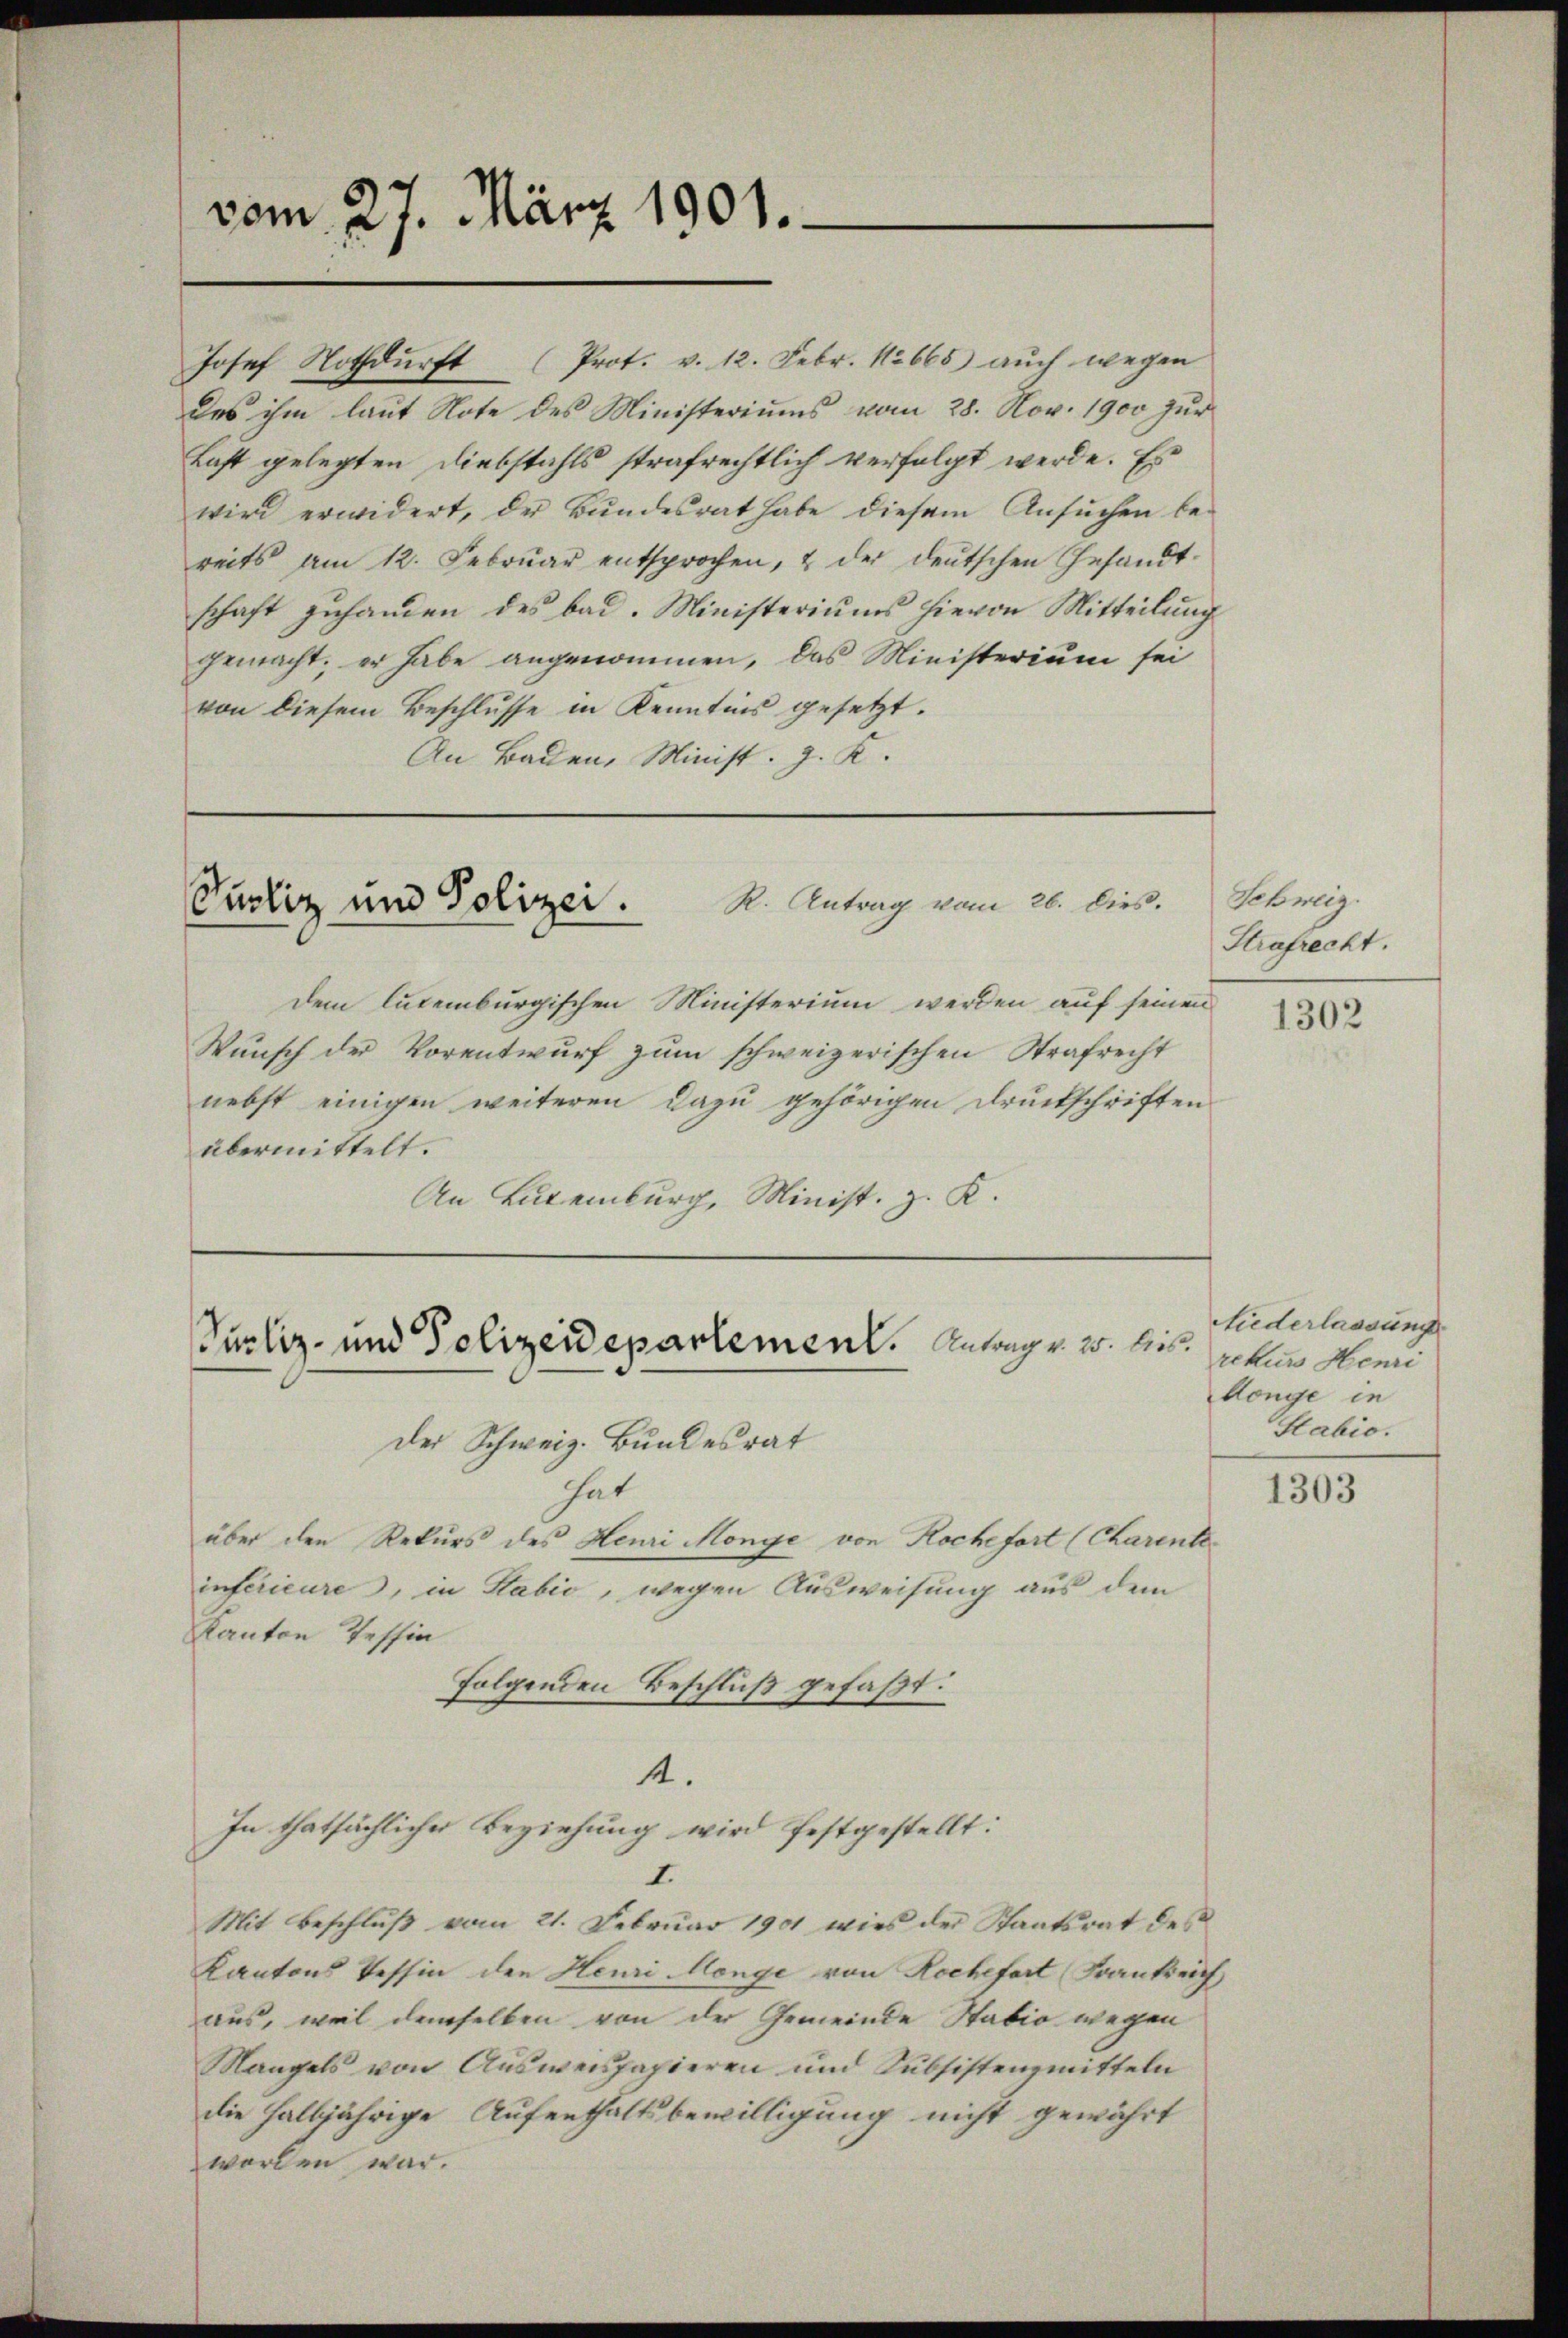
vom 27. März 1901.

Josef Nothdurft (Prot. v. 12. Febr. 12665) auch wegen
des ihm laŭt Note des Ministeriums vom 28. Nov. 1900 zŭr
Last gelegten Diebstahls strafrechtlich verfolgt werde. Es
wird erwidert, der Bundesrat habe diesem Ansuchen bereits am 12. Febrŭar entsprochen, & der deŭtschen Gesandt-
schaft zuhanden des bad. Ministeriums hievon Mitteilung
gemacht; er habe angenommen, das Ministerium sei
von diesem Beschlusse in Kenntnis gesetzt.
An Baden, Minist. g. K.

R. Antrag vom 26. dies.
Puoliz und Polizei.

dem ludenburgischen Ministerium werden auf seinen
Wunsch der Vorentwurf zum schweizerischen Strafrecht
nebst einigen weiteren dazu gehörigen Druckschriften
übermittelt.
An Luxenburg, Minist. z. K.

Sucliz- und Polizeidepartement. Antrage w. bis¬

Der Schweiz. Bundesrat
hat
über den Rekurs des Henri Monge von Koche fort (Charente
inferieure, in Sabić, wegen Ausweisung aus dem
Kanton Tessin
folgenden Beschluß gefaßt:
4.
In thatsächlicher Beziehung wird festgestellt:
I.
Mit Beschluß vom 21. Februar 1901 wies der Staatsrat des
Kantons Tessin den Heuri Menge von Rochefart Frankreich
aus, weil demselben von der Gemeinde Stabio wegen
Mangels von Ausweispapieren und Subsistenzmitteln
die halbjährige Aufenthaltsbewilligung nicht gewährt
worden war.

Schweiz.
Strafrecht.

Niederlassung
rekurs Henri
Aönge in
Sabić.

1302

1303